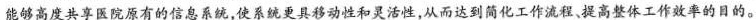
能够高度共享医院原有的信息系统，使系统更具移动性和灵活性，从而达到简化工作流程，提高整体工作率的目的。